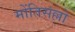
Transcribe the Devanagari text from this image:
मोंतिसल्लो